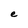
Character: e